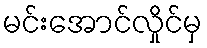
မင်းအောင်လှိုင်မှ